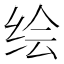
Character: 绘